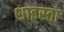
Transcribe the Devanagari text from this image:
शाइस्‍ता